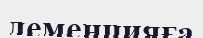
деменцияға